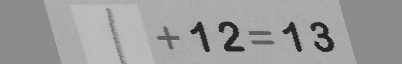
1 + 1 2 = 1 3